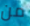
من